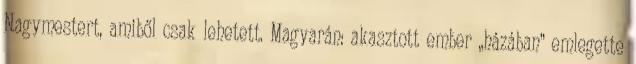
Nagymestert, amiből csak lehetett. Magyarán: akasztott ember „házában” emlegette